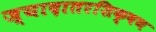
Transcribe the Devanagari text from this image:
ज्यादातरशिक्षण